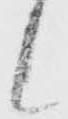
候